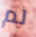
لم